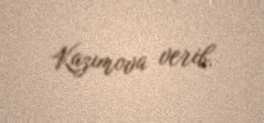
Kazımova verib.